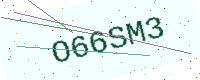
Text: O66SM3